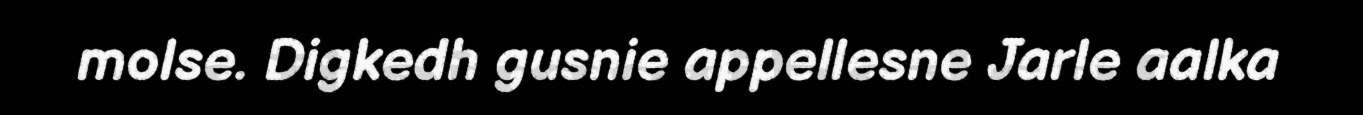
molse. Digkedh gusnie appellesne Jarle aalka